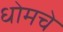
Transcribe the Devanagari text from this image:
धोमचे